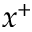
x ^ { + }